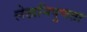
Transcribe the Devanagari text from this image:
लेखनिपुणता